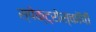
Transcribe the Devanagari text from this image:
स्पेक्ट्रोस्कॉपी